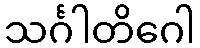
သင်္ဂါတိဂေါ